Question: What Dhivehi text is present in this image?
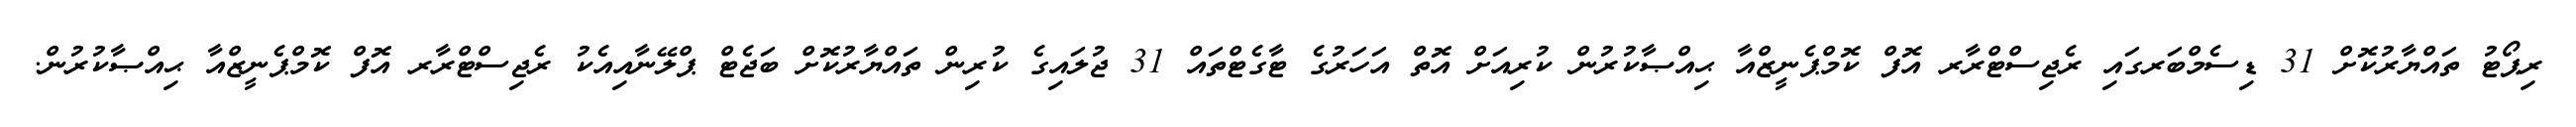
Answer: ރިޕޯޓު ތައްޔާރުކޮށް 31 ޑިސެމްބަރގައި ރެޖިސްޓްރާރ އޮފް ކޮމްޕެނީޒްއާ ޙިއްޞާކުރުން ކުރިއަށް އޮތް އަހަރުގެ ޓާގެޓްތައް 31 ޖުލައިގެ ކުރިން ތައްޔާރުކޮށް ބަޖެޓް ޕްލޭނާއިއެކު ރެޖިސްޓްރާރ އޮފް ކޮމްޕެނީޒްއާ ޙިއްޞާކުރުން.